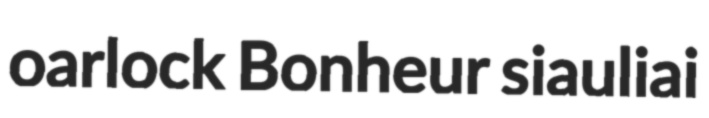
oarlock Bonheur siauliai